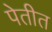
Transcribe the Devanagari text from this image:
पेतीत